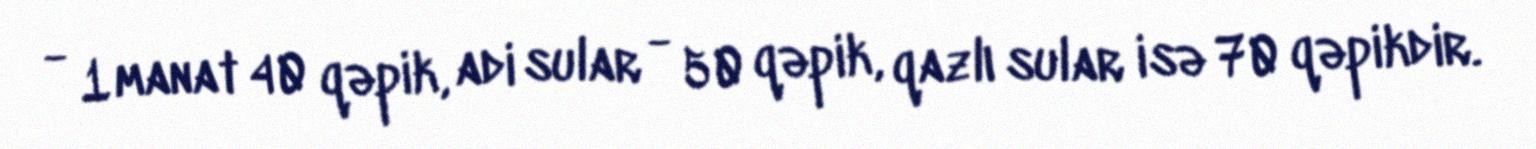
- 1 manat 40 qəpik, adi sular - 50 qəpik, qazlı sular isə 70 qəpikdir.